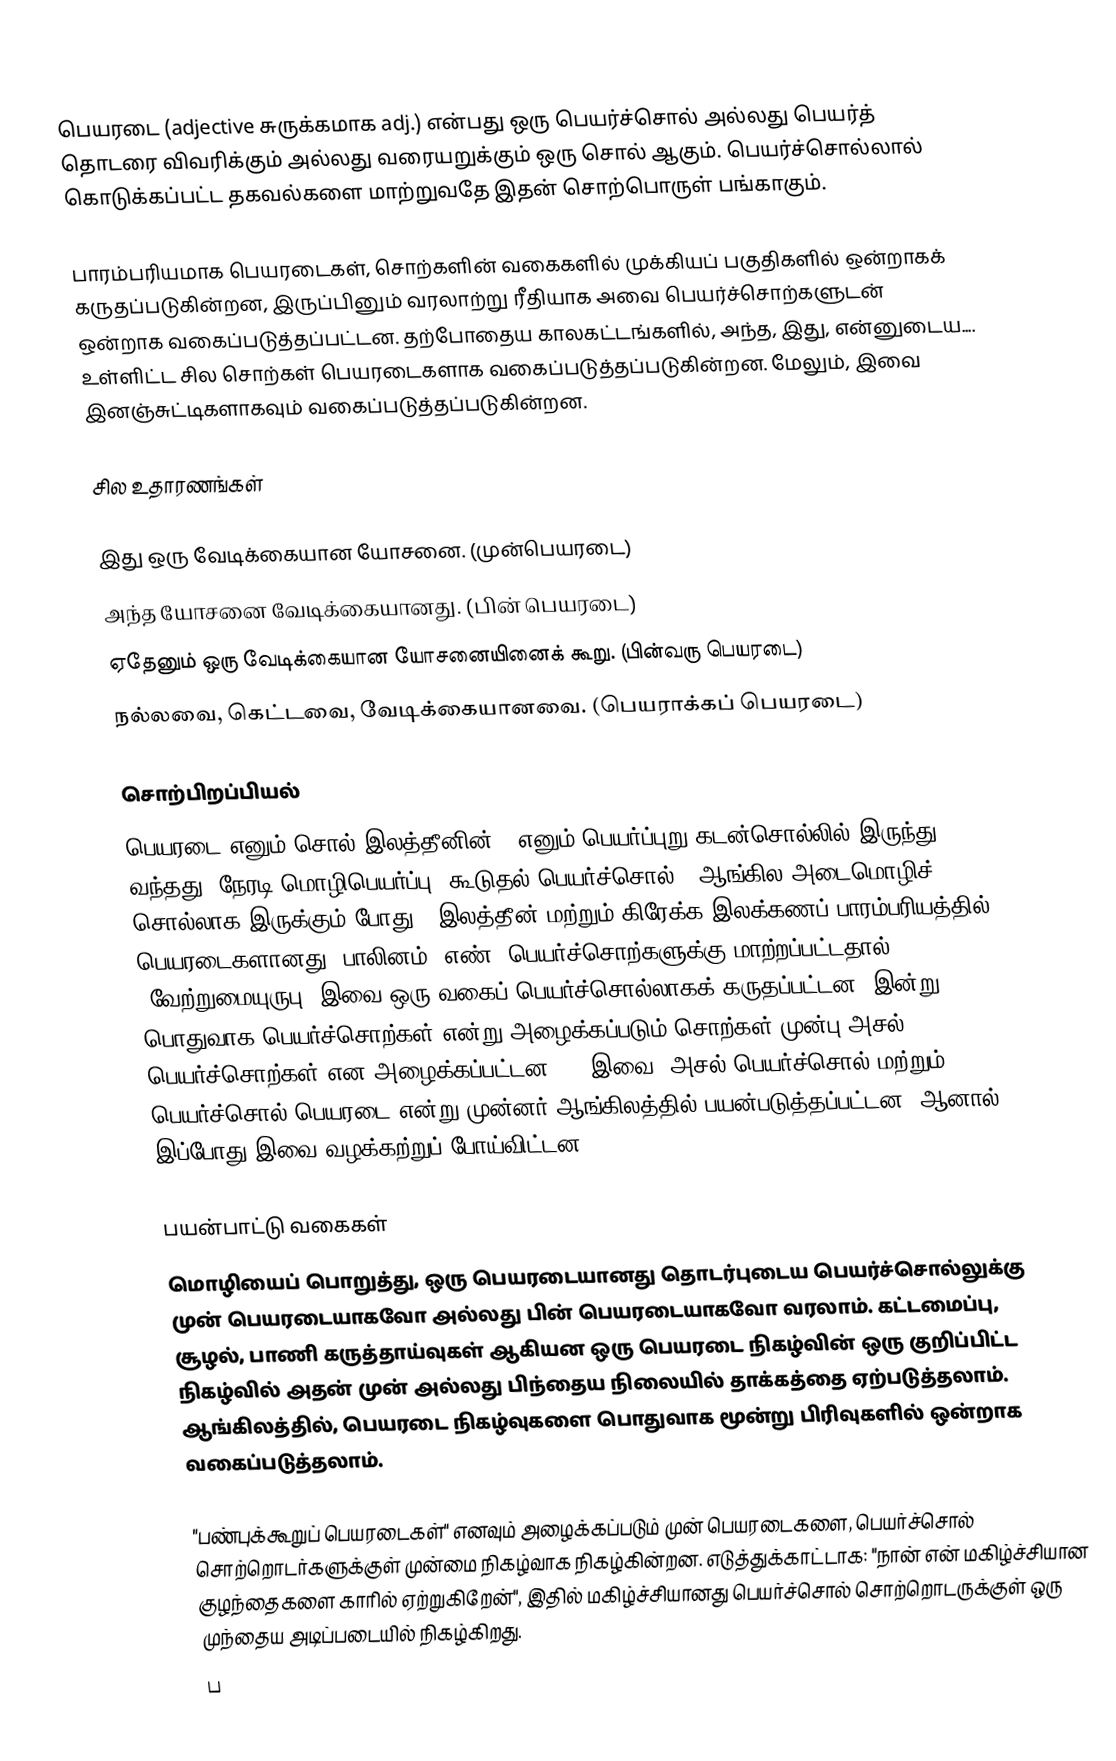
பெயரடை (adjective சுருக்கமாக adj.) என்பது ஒரு பெயர்ச்சொல் அல்லது பெயர்த் தொடரை விவரிக்கும் அல்லது வரையறுக்கும் ஒரு சொல் ஆகும். பெயர்ச்சொல்லால் கொடுக்கப்பட்ட தகவல்களை மாற்றுவதே இதன் சொற்பொருள் பங்காகும்.

பாரம்பரியமாக பெயரடைகள், சொற்களின் வகைகளில் முக்கியப் பகுதிகளில் ஒன்றாகக் கருதப்படுகின்றன, இருப்பினும் வரலாற்று ரீதியாக அவை பெயர்ச்சொற்களுடன் ஒன்றாக வகைப்படுத்தப்பட்டன. தற்போதைய காலகட்டங்களில், அந்த, இது, என்னுடைய.... உள்ளிட்ட சில சொற்கள் பெயரடைகளாக வகைப்படுத்தப்படுகின்றன. மேலும், இவை இனஞ்சுட்டிகளாகவும் வகைப்படுத்தப்படுகின்றன.

சில உதாரணங்கள்

 இது ஒரு வேடிக்கையான யோசனை.  (முன்பெயரடை)
 அந்த யோசனை வேடிக்கையானது.  (பின் பெயரடை)
 ஏதேனும் ஒரு வேடிக்கையான யோசனையினைக் கூறு. (பின்வரு பெயரடை)
 நல்லவை, கெட்டவை, வேடிக்கையானவை.  (பெயராக்கப் பெயரடை)

சொற்பிறப்பியல்
பெயரடை எனும் சொல் இலத்தீனின் ,  எனும் பெயர்ப்புறு கடன்சொல்லில் இருந்து வந்தது, நேரடி மொழிபெயர்ப்பு 'கூடுதல் பெயர்ச்சொல்' (ஆங்கில அடைமொழிச் சொல்லாக இருக்கும் போது).  இலத்தீன் மற்றும் கிரேக்க இலக்கணப் பாரம்பரியத்தில், பெயரடைகளானது,  பாலினம், எண், பெயர்ச்சொற்களுக்கு மாற்றப்பட்டதால் (வேற்றுமையுருபு) இவை ஒரு வகைப் பெயர்ச்சொல்லாகக் கருதப்பட்டன. இன்று பொதுவாக பெயர்ச்சொற்கள் என்று அழைக்கப்படும் சொற்கள் முன்பு அசல் பெயர்ச்சொற்கள் என அழைக்கப்பட்டன (). இவை, அசல் பெயர்ச்சொல் மற்றும் பெயர்ச்சொல் பெயரடை என்று முன்னர் ஆங்கிலத்தில் பயன்படுத்தப்பட்டன, ஆனால் இப்போது இவை வழக்கற்றுப் போய்விட்டன.

பயன்பாட்டு வகைகள்
மொழியைப் பொறுத்து, ஒரு பெயரடையானது தொடர்புடைய பெயர்ச்சொல்லுக்கு முன் பெயரடையாகவோ அல்லது பின் பெயரடையாகவோ வரலாம். கட்டமைப்பு, சூழல், பாணி கருத்தாய்வுகள் ஆகியன ஒரு பெயரடை நிகழ்வின் ஒரு குறிப்பிட்ட நிகழ்வில் அதன் முன் அல்லது பிந்தைய நிலையில் தாக்கத்தை ஏற்படுத்தலாம். ஆங்கிலத்தில், பெயரடை நிகழ்வுகளை பொதுவாக மூன்று பிரிவுகளில் ஒன்றாக வகைப்படுத்தலாம்.

 "பண்புக்கூறுப் பெயரடைகள்" எனவும் அழைக்கப்படும் முன் பெயரடைகளை, பெயர்ச்சொல் சொற்றொடர்களுக்குள் முன்மை நிகழ்வாக நிகழ்கின்றன. எடுத்துக்காட்டாக: "நான் என் மகிழ்ச்சியான குழந்தைகளை காரில் ஏற்றுகிறேன்", இதில் மகிழ்ச்சியானது பெயர்ச்சொல் சொற்றொடருக்குள் ஒரு முந்தைய அடிப்படையில் நிகழ்கிறது.
 ப